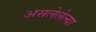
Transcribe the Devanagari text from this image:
असलेलेल्या